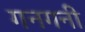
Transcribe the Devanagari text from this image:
गनगनी